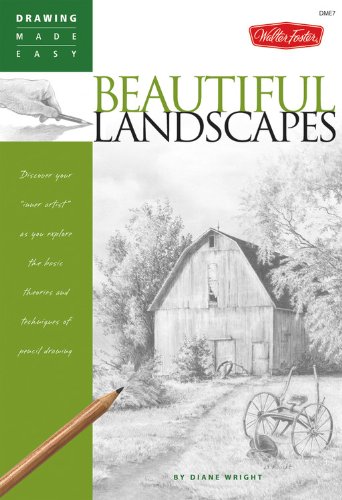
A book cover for Beautiful Landscapes: Discover your "inner artist" as you explore the basic theories and techniques of pencil drawing (Drawing Made Easy); Diane Wright; Arts & Photography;